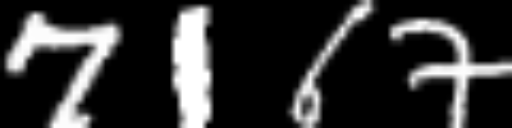
Text: 7167